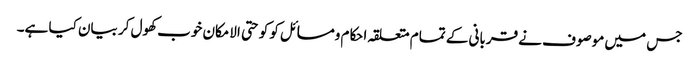
جس میں موصوف نے قربانی کے تمام متعلقہ احکام ومسائل کو کو حتی الامکان خوب کھول کر بیان کیا ہے۔